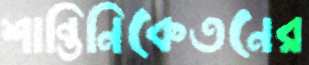
শান্তিনিকেতনের